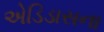
એડિડાસના